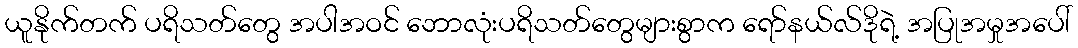
ယူနိုက်တက် ပရိသတ်တွေ အပါအဝင် ဘောလုံးပရိသတ်တွေများစွာက ရော်နယ်လ်ဒိုရဲ့ အပြုအမှုအပေါ်